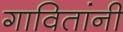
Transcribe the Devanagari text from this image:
गावितांनी